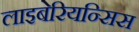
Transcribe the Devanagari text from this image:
लाइबेरियन्सिस